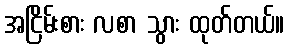
အငြိမ်းစား လစာ သွား ထုတ်တယ်။